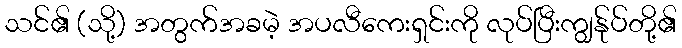
သင်၏ (သို့) အတွက်အခမဲ့ အပလီကေးရှင်းကို လုပ်ပြီးကျွန်ုပ်တို့၏